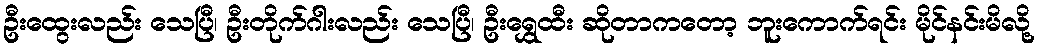
ဦးထွေးလည်း သေပြီ၊ ဦးတိုက်ဂါးလည်း သေပြီ၊ ဦးရွှေထီး ဆိုတာကတော့ ဘူးကောက်ရင်း မိုင်နင်းမိလို့